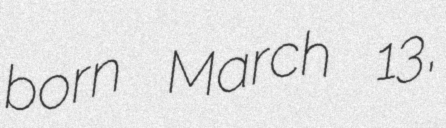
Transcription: born March 13,